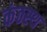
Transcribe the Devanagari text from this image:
कंठस्‍थ